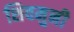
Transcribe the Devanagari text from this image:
शिवमुनी